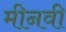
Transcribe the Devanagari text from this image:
मीनवी